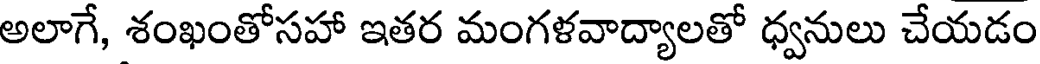
అలాగే, శంఖంతోసహా ఇతర మంగళవాద్యాలతో ధ్వనులు చేయడం